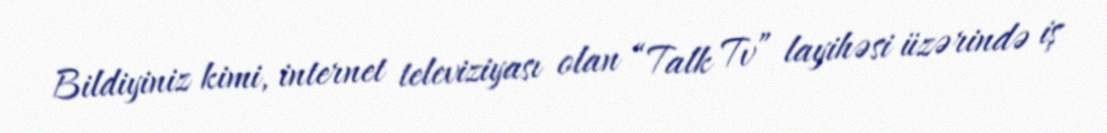
Bildiyiniz kimi, internet televiziyası olan “Talk Tv” layihəsi üzərində iş